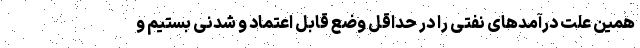
همین علت درآمد‌های نفتی را در حداقل وضع قابل اعتماد و شدنی بستیم و